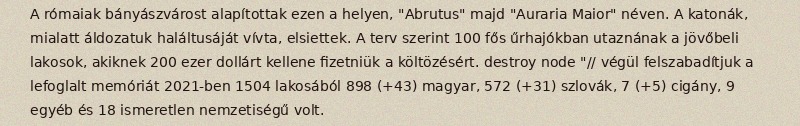
A rómaiak bányászvárost alapítottak ezen a helyen, "Abrutus" majd "Auraria Maior" néven. A katonák, mialatt áldozatuk haláltusáját vívta, elsiettek. A terv szerint 100 fős űrhajókban utaznának a jövőbeli lakosok, akiknek 200 ezer dollárt kellene fizetniük a költözésért. destroy node "// végül felszabadítjuk a lefoglalt memóriát 2021-ben 1504 lakosából 898 (+43) magyar, 572 (+31) szlovák, 7 (+5) cigány, 9 egyéb és 18 ismeretlen nemzetiségű volt.